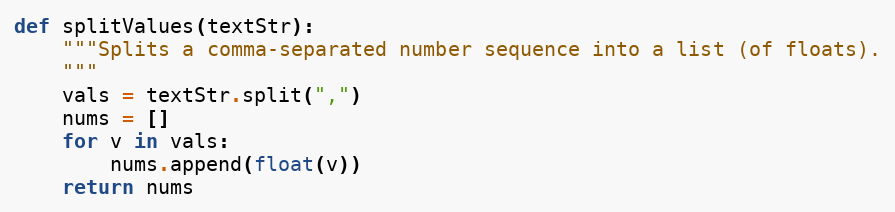
Language: Python
def splitValues(textStr):
    """Splits a comma-separated number sequence into a list (of floats).
    """
    vals = textStr.split(",")
    nums = []
    for v in vals:
        nums.append(float(v))
    return nums